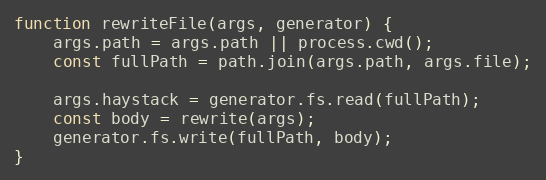
Language: JavaScript
function rewriteFile(args, generator) {
    args.path = args.path || process.cwd();
    const fullPath = path.join(args.path, args.file);

    args.haystack = generator.fs.read(fullPath);
    const body = rewrite(args);
    generator.fs.write(fullPath, body);
}